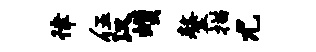
律伍汉蠖鏊描尤